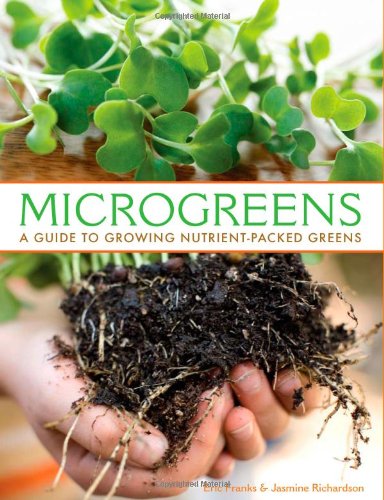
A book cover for Microgreens: A Guide To Growing Nutrient-Packed Greens; Eric Franks; Crafts, Hobbies & Home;